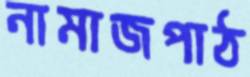
নামাজপাঠ